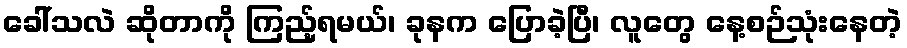
ခေါ်သလဲ ဆိုတာကို ကြည့်ရမယ်၊ ခုနက ပြောခဲ့ပြီ၊ လူတွေ နေ့စဉ်သုံးနေတဲ့